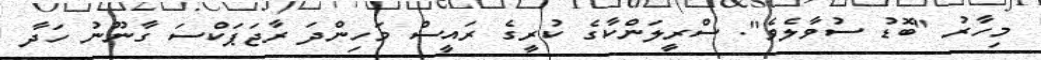
މިހާރު "ބޮޑު ސުވާލެވެ". ސްރީލަންކާގެ ކުރީގެ ރައީސް މަހިންދަ ރާޖަޕަކްސަ ގާނޫނު ހަދާ